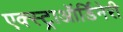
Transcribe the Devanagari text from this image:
एक्स्ट्राऑर्डिनेरी